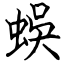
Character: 蜈